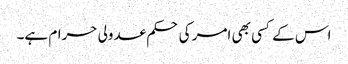
اس کے کسی بھی امر کی حکم عدولی حرام ہے۔